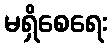
မရှိစေရေး